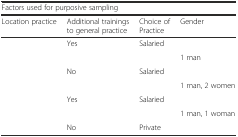
<table><thead><tr><td colspan="4"><b>Factors used for purposive sampling</b></td></tr><tr><td><b>Location practice</b></td><td><b>Additional trainings to general practice</b></td><td><b>Choice of Practice</b></td><td><b>Gender</b></td></tr></thead><tbody><tr><td rowspan="2">[EMPTY_CELL]</td><td rowspan="2">Yes</td><td>Salaried</td><td>[EMPTY_CELL]</td></tr><tr><td>[EMPTY_CELL]</td><td>1 man</td></tr><tr><td rowspan="2">[EMPTY_CELL]</td><td rowspan="2">No</td><td>Salaried</td><td>[EMPTY_CELL]</td></tr><tr><td>[EMPTY_CELL]</td><td>1 man, 2 women</td></tr><tr><td rowspan="2">[EMPTY_CELL]</td><td rowspan="2">Yes</td><td>Salaried</td><td>[EMPTY_CELL]</td></tr><tr><td>[EMPTY_CELL]</td><td>1 man, 1 woman</td></tr><tr><td>[EMPTY_CELL]</td><td>No</td><td>Private</td><td>[EMPTY_CELL]</td></tr></tbody></table>